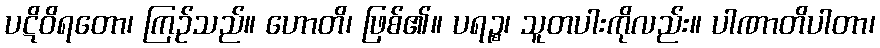
ပဋိဝိရတော၊ ကြဉ်သည်။ ဟောတိ၊ ဖြစ်၏။ ပရဉ္စ၊ သူတပါးကိုလည်း။ ပါဏာတိပါတာ၊